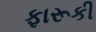
ફારૂકી